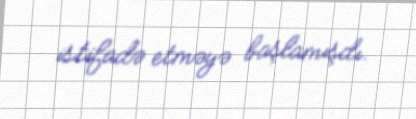
istifadə etməyə başlamışdı.